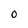
Character: 0